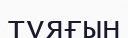
тұяғын